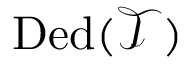
\operatorname { D e d } ( { \mathcal { T } } )